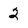
Character: 2